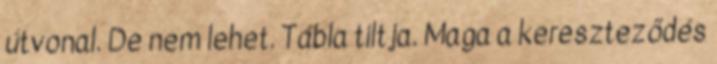
útvonal. De nem lehet. Tábla tiltja. Maga a kereszteződés